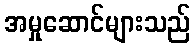
အမှုဆောင်များသည်